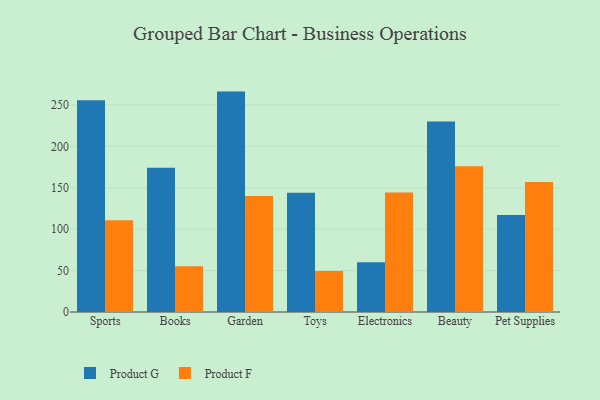
{"axis": {"x": "Category", "y": "Churn Rate (%)"}, "legend": ["Product F", "Product G"], "data": [{"x": "Sports", "y": 255.7, "type": "Product G"}, {"x": "Sports", "y": 110.7, "type": "Product F"}, {"x": "Books", "y": 174.3, "type": "Product G"}, {"x": "Books", "y": 55.3, "type": "Product F"}, {"x": "Garden", "y": 266.1, "type": "Product G"}, {"x": "Garden", "y": 140.2, "type": "Product F"}, {"x": "Toys", "y": 144.1, "type": "Product G"}, {"x": "Toys", "y": 49.5, "type": "Product F"}, {"x": "Electronics", "y": 60.1, "type": "Product G"}, {"x": "Electronics", "y": 144.4, "type": "Product F"}, {"x": "Beauty", "y": 230.1, "type": "Product G"}, {"x": "Beauty", "y": 175.9, "type": "Product F"}, {"x": "Pet Supplies", "y": 117.0, "type": "Product G"}, {"x": "Pet Supplies", "y": 157.1, "type": "Product F"}]}